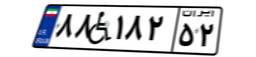
۴۶W۱۲۹۷۶